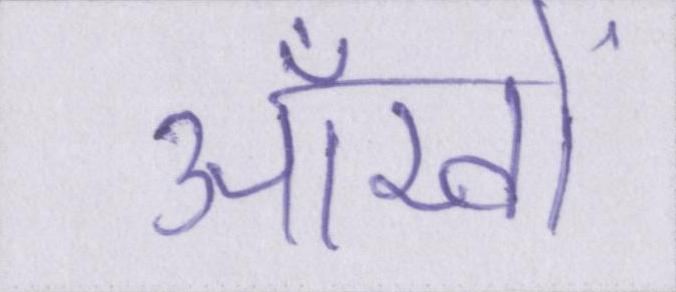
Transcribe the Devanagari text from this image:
आँखों